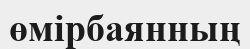
өмірбаянның